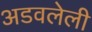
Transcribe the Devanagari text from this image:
अडवलेली